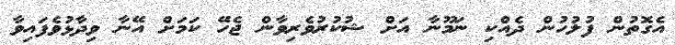
އެގޮތުން ފުލުހުން ދެއްކި ނަމޫނާ އަށް ޝުކުރުވެރިވާން ޖެހޭ ކަމަށް އޭނާ ވިދާޅުވެފައިވާ